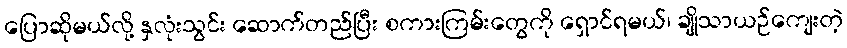
ပြောဆိုမယ်လို့ နှလုံးသွင်း ဆောက်တည်ပြီး စကားကြမ်းတွေကို ရှောင်ရမယ်၊ ချိုသာယဉ်ကျေးတဲ့